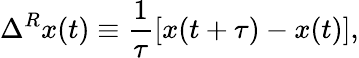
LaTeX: \Delta^{R}x(t)\equiv\frac{1}{\tau}[x(t+\tau)-x(t)],